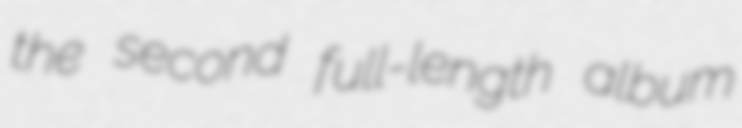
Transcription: the second full-length album